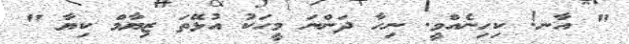
" އާނ! ކިހިނެއްވީ. ނިހާ ދަންނަ މީހަކު އުޅޭތަ ޒިޔާމް ކިޔާ "